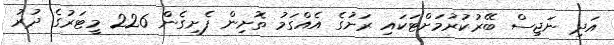
އަދި ނަޖިސް ބޭރުކުރުމަށްޓަކައި ރަށުގެ އެއްގަމު ތޮށިން ފެށިގެން 226 މީޓަރުގެ ދުރު